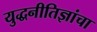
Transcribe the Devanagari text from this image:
युद्धनीतिज्ञांचा